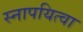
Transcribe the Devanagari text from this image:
स्नापयित्वा